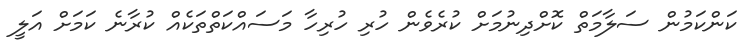
ކަންކަމުން ސަލާމަތް ކޮށްދިނުމަށް ކުރެވެން ހުރި ހުރިހާ މަސައްކަތްތަކެއް ކުރާނެ ކަމަށް އަލީ